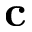
\mathbf { c }